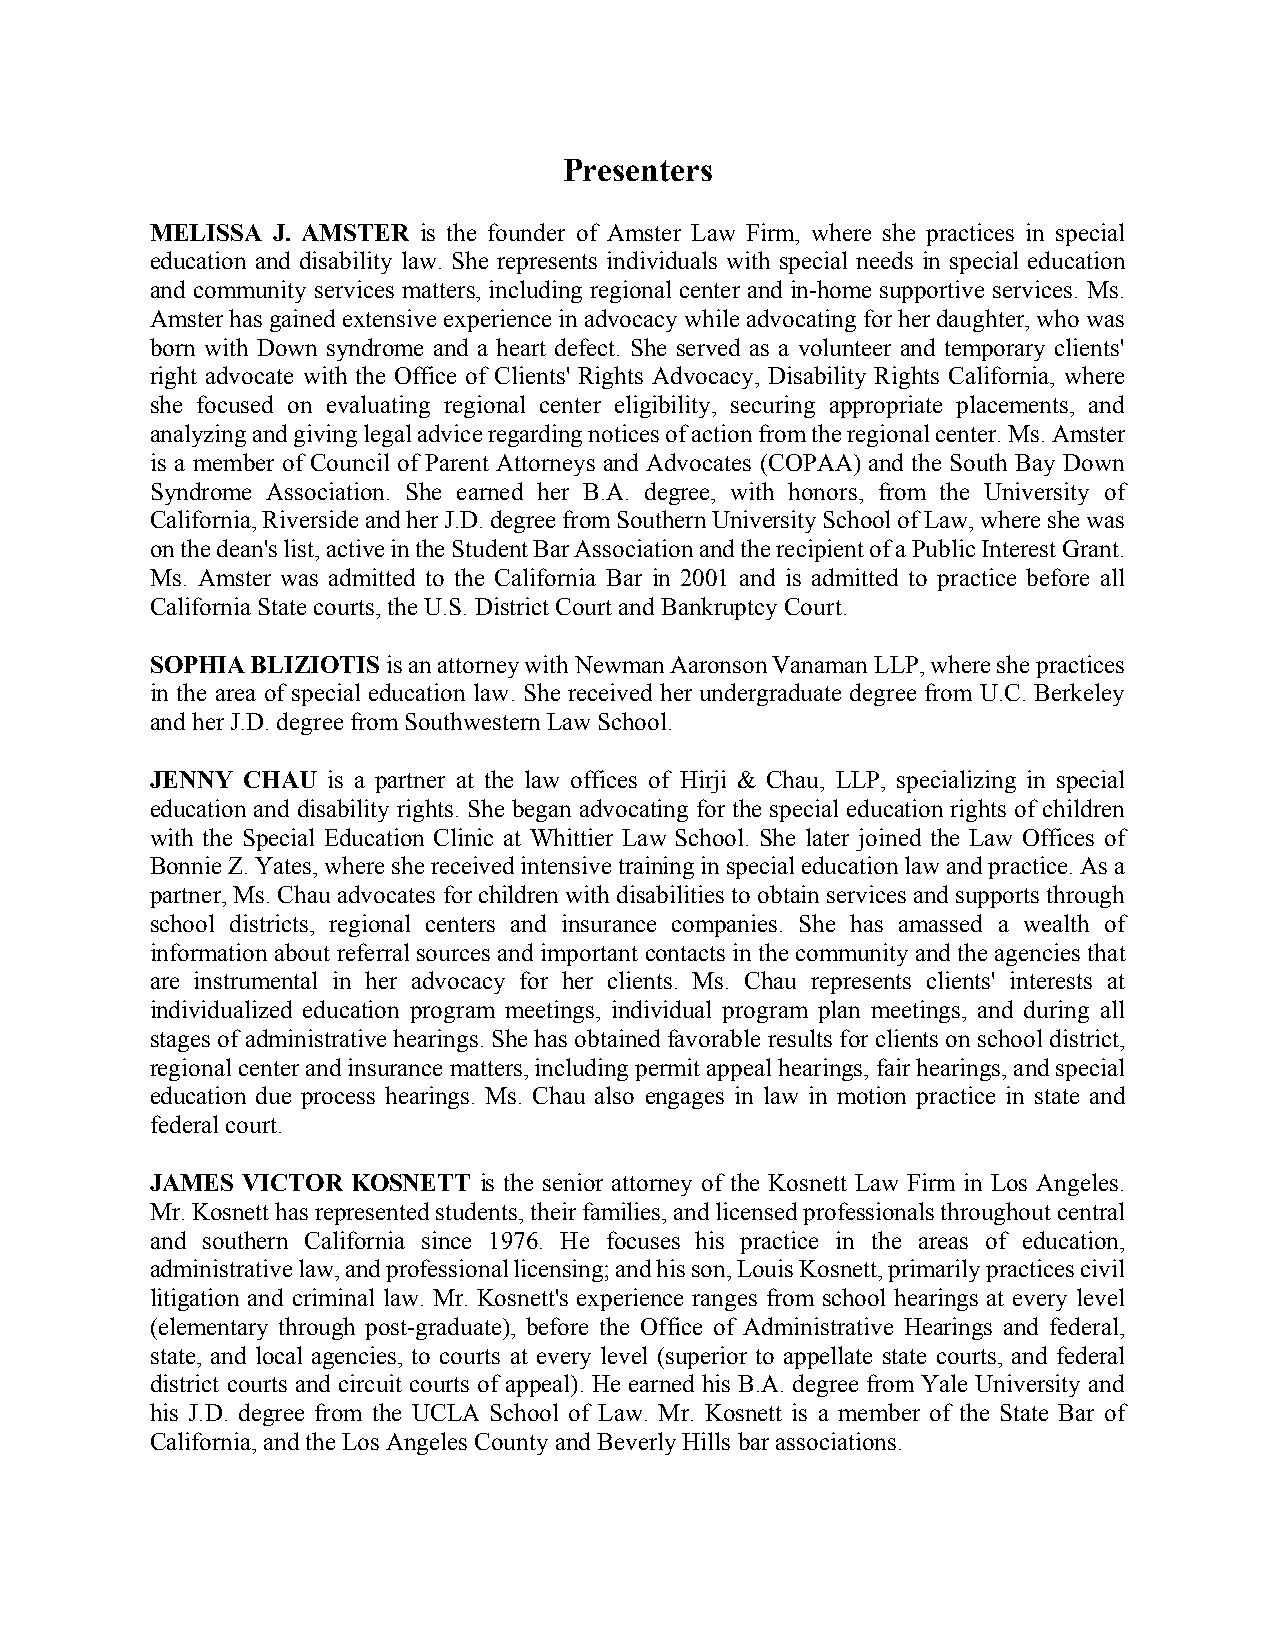
Presenters
 MELISSA J. AMSTER is the founder of Amster Law Firm, where she practices in special
 education and disability law. She represents individuals with special needs in special education
 and community services matters, including regional center and in-home supportive services. Ms.
 Amster has gained extensive experience in advocacy while advocating for her daughter, who was
 born with Down syndrome and a heart defect. She served as a volunteer and temporary clients'
 right advocate with the Office of Clients' Rights Advocacy, Disability Rights California, where
 she focused on evaluating regional center eligibility, securing appropriate placements, and
 analyzing and giving legal advice regarding notices of action from the regional center. Ms. Amster
 is a member of Council of Parent Attorneys and Advocates (COPAA) and the South Bay Down
 Syndrome Association. She earned her B.A. degree, with honors, from the University of
 California, Riverside and her J.D. degree from Southern University School of Law, where she was
 on the dean's list, active in the Student Bar Association and the recipient of a Public Interest Grant.
 Ms. Amster was admitted to the California Bar in 2001 and is admitted to practice before all
 California State courts, the U.S. District Court and Bankruptcy Court.
 SOPHIA BLIZIOTIS is an attorney with Newman Aaronson Vanaman LLP, where she practices
 in the area of special education law. She received her undergraduate degree from U.C. Berkeley
 and her J.D. degree from Southwestern Law School.
 JENNY CHAU  is a partner at the law offices of Hirji & Chau, LLP, specializing in special
 education and disability rights. She began advocating for the special education rights of children
 with the Special Education Clinic at Whittier Law School. She later joined the Law Offices of
 Bonnie Z. Yates, where she received intensive training in special education law and practice. As a
 partner, Ms. Chau advocates for children with disabilities to obtain services and supports through
 school districts, regional centers and insurance companies. She has amassed a wealth of
 information about referral sources and important contacts in the community and the agencies that
 are instrumental in her advocacy for her clients. Ms. Chau represents clients' interests at
 individualized education program meetings, individual program plan meetings, and during all
 stages of administrative hearings. She has obtained favorable results for clients on school district,
 regional center and insurance matters, including permit appeal hearings, fair hearings, and special
 education due process hearings. Ms. Chau also engages in law in motion practice in state and
 federal court.
 JAMES VICTOR KOSNETT  is the senior attorney of the Kosnett Law Firm in Los Angeles.
 Mr. Kosnett has represented students, their families, and licensed professionals throughout central
 and southern California since 1976. He focuses his practice in the areas of education,
 administrative law, and professional licensing; and his son, Louis Kosnett, primarily practices civil
 litigation and criminal law. Mr. Kosnett's experience ranges from school hearings at every level
 (elementary through post-graduate), before the Office of Administrative Hearings and federal,
 state, and local agencies, to courts at every level (superior to appellate state courts, and federal
 district courts and circuit courts of appeal). He earned his B.A. degree from Yale University and
 his J.D. degree from the UCLA School of Law. Mr. Kosnett is a member of the State Bar of
 California, and the Los Angeles County and Beverly Hills bar associations.